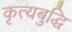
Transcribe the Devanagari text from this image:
कृत्यबुद्धि